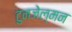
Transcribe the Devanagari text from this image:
टुनजेल्मन